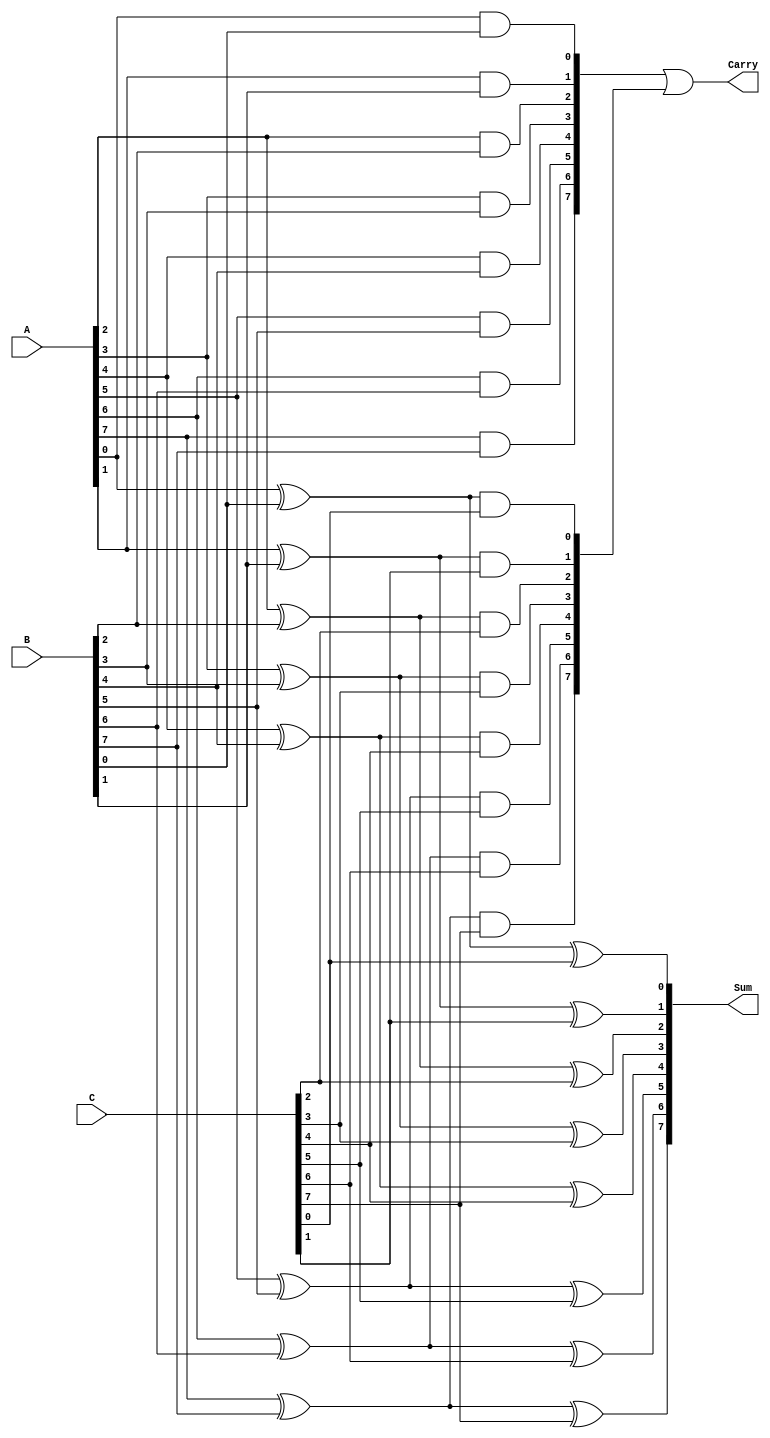
module ModifiedCarrySaveAdder #(parameter N = 8) (
    input  [N-1:0] A,  // First operand
    input  [N-1:0] B,  // Second operand
    input  [N-1:0] C,  // Third operand
    output [N-1:0] Sum, // Sum output
    output [N-1:0] Carry // Carry output
);

    wire [N-1:0] AB_sum, AC_sum, BC_sum;
    wire [N-1:0] AB_carry, AC_carry, BC_carry;

    // Intermediate sums and carries
    genvar i;
    generate
        for (i = 0; i < N; i = i + 1) begin : CSA
            // Sum calculation using XOR
            assign AB_sum[i] = A[i] ^ B[i];
            assign AC_sum[i] = AB_sum[i] ^ C[i];
            
            // Carry calculation using AND
            assign AB_carry[i] = A[i] & B[i];
            assign AC_carry[i] = AB_sum[i] & C[i];
        end
    endgenerate

    // Final carry output
    assign Carry = AB_carry | AC_carry;

    // Final sum output
    assign Sum = AC_sum;

endmodule